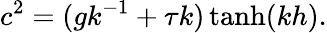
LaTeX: c^{2}=(gk^{-1}+\tau k)\operatorname{tanh}(kh).